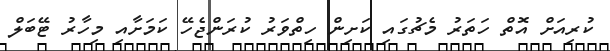
ކުރިއަށް އޮތް ހަތަރު މެޗުގައި ކަށިން ހިތްވަރު ކުރަންޖެހޭ ކަމަށާއި މިހާރު ޓޭބަލް